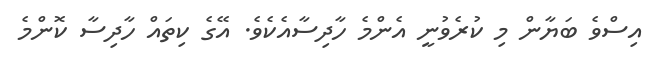
އިސްވެ ބަޔާން މި ކުރެވުނީ އެންމެ ހާދިސާއެކެވެ. އޭގެ ކިތައް ހާދިސާ ކޮންމެ